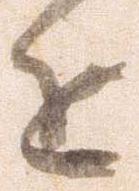
近